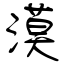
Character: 漠